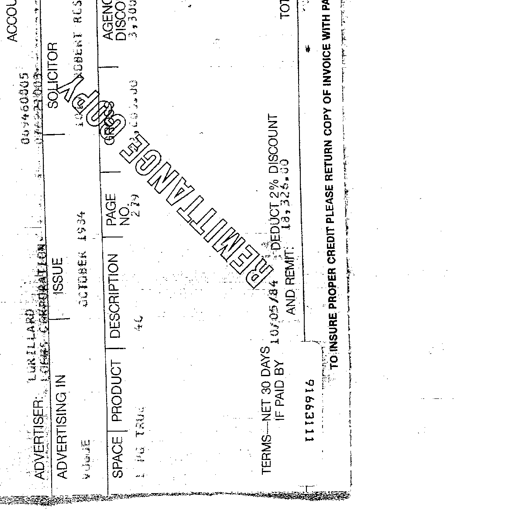
ADVERTISER: LORILLARD
ADVERTISING IN ISSUE SOLICITOR
VOGUE OCTOBER 1984 ROBERT RES
SPACE PRODUCT DESCRIPTION PAGE NO. AGENCY DISCO
1 PG TRUE 4C 279 3,300.00
REMITTANCE COPY
TERMS-NET 30 DAYS DEDUCT 2% DISCOUNT
IF PAID BY 10/05/84 AND REMIT 18,326.00
11163111
TO INSURE PROPER CREDIT PLEASE RETURN COPY OF INVOICE WITH PA